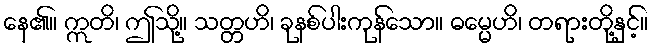
နေ၏။ ဣတိ၊ ဤသို့။ သတ္တဟိ၊ ခုနစ်ပါးကုန်သော။ ဓမ္မေဟိ၊ တရားတို့နှင့်။